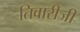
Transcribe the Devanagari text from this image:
तिवारीजी